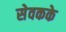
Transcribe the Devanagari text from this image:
सेवकके